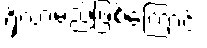
ရှိလာမည်ဖြစ်ကြောင်း